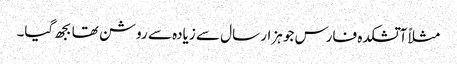
مثلاً آتشکدہ فارس جو ہزار سال سے زیادہ سے روشن تھا بجھ گیا۔